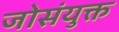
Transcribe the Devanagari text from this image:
जोसंयुक्त